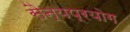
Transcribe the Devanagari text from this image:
सैन्यप्रयोग